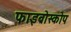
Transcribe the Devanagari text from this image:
फाइब्रोस्कोप